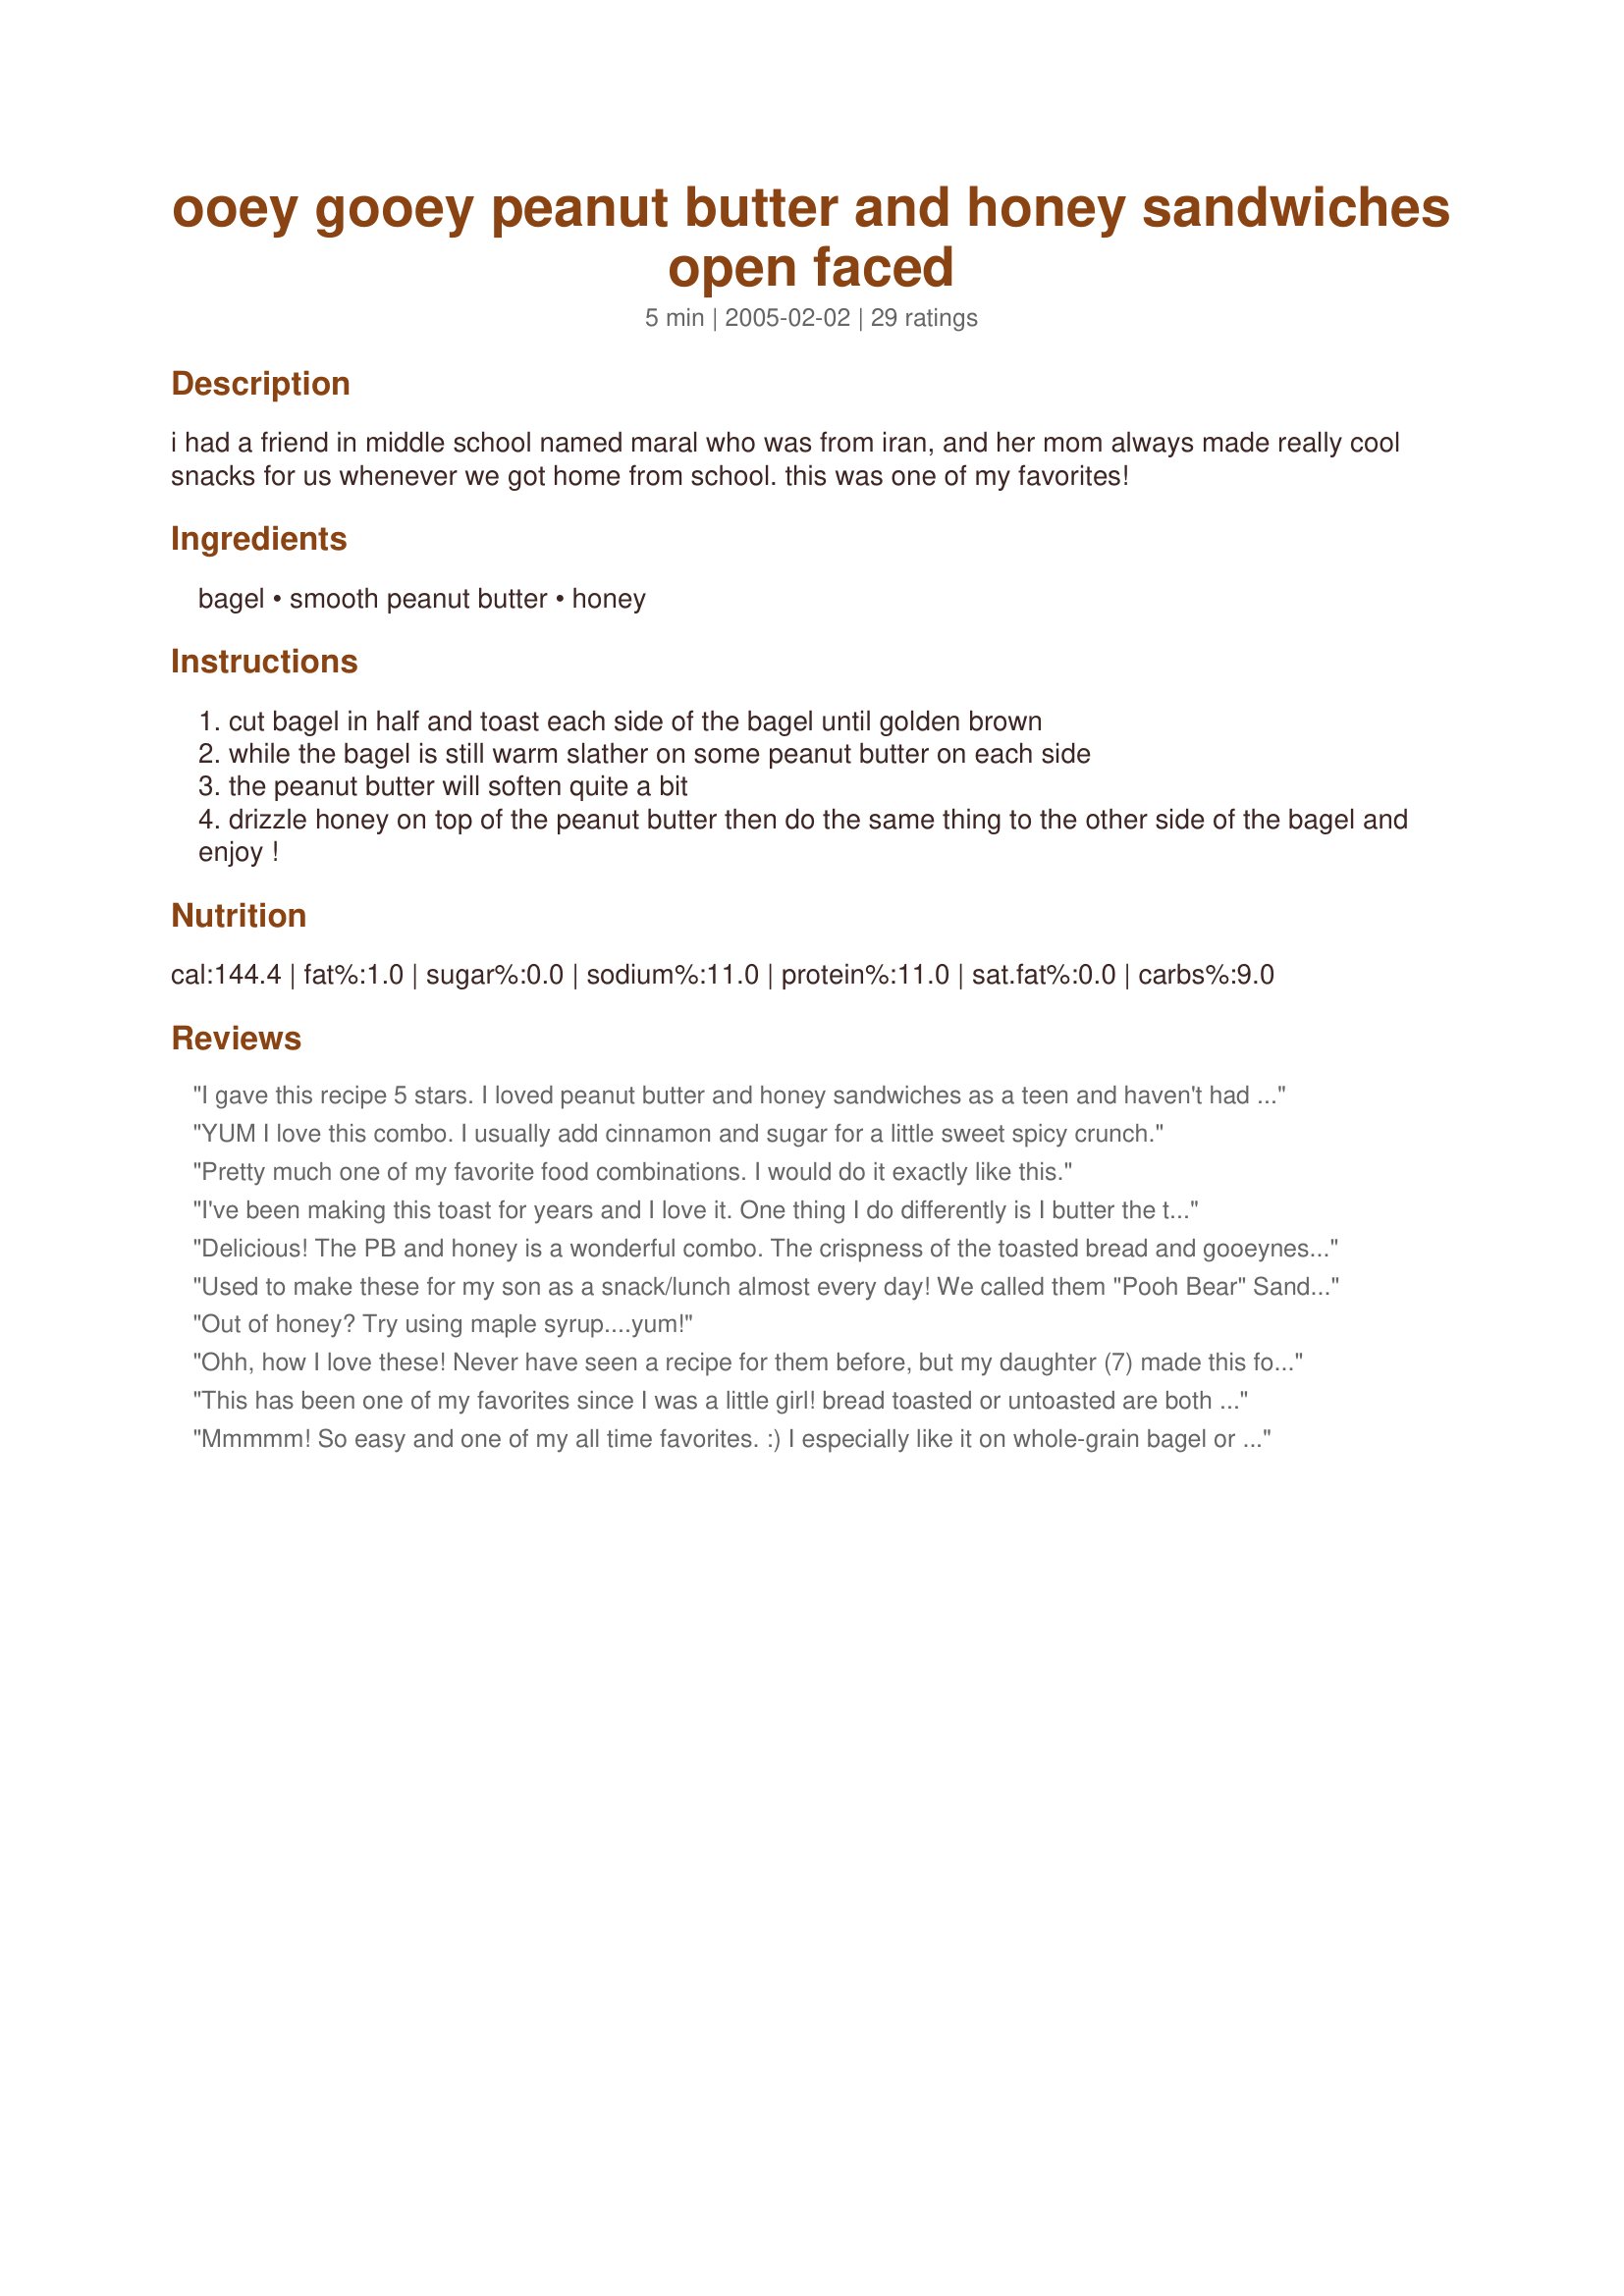
ooey gooey peanut butter and honey sandwiches open faced
Preparation time: 5 minutes

i had a friend in middle school named maral who was from iran, and her mom always made really cool snacks for us whenever we got home from school. this was one of my favorites!

Ingredients:
bagel, smooth peanut butter, honey

Steps:
cut bagel in half and toast each side of the bagel until golden brown
while the bagel is still warm slather on some peanut butter on each side
the peanut butter will soften quite a bit
drizzle honey on top of the peanut butter then do the same thing to the other side of the bagel and enjoy !

Reviews:
I gave this recipe 5 stars. I loved peanut butter and honey sandwiches as a teen and haven't had one since. I never tryed this with bagels. Thanks for posting! Christine (internetnut)
YUM I love this combo. I usually add cinnamon and sugar for a little sweet spicy crunch.
Pretty much one of my favorite food combinations. I would do it exactly like this.
I've been making this toast for years and I love it. One thing I do differently is I butter the toast while it is still hot, top it with a layer of peanutbutter and then spread a thin layer of honey over the top. I like to mix the peanutbutter and honey so that it looks like it's glazed. Adding the butter gives it an incredible sweet salty taste. I often have this for dessert! (It can be a little messy if you're not careful though.)
Delicious! The PB and honey is a wonderful combo. The crispness of the toasted bread and gooeyness of the PB was wonderful. Made a nice quick snack. Thanks for great idea. Made for Zaar Cookbook Tag
Used to make these for my son as a snack/lunch almost every day! We called them "Pooh Bear" Sandwiches (after Winnie the Pooh)!! Thanks for posting.
Out of honey? Try using maple syrup....yum!
Ohh, how I love these! Never have seen a recipe for them before, but my daughter (7) made this for a snack today and let me have a few bites as she knows I love them as I was the one to teach her to make 'em:) I have loved to eat these since I was her age. YUMMY!!!
This has been one of my favorites since I was a little girl! bread toasted or untoasted are both great!
Mmmmm! So easy and one of my all time favorites. :) I especially like it on whole-grain bagel or whole-grain bread; it's wonderful with the extra texture. A good energy-boost, too!
A bagel with honey and peanut butter is one of my favorite breakfasts. I just never thought to post it as a recipe. Enjoy! :)
Yummy! I love this on a slice of white bread too:)
This is a tasty, sustaining breakfast or snack, good with a glass of milk and an apple. I use whole wheat toast and sometimes sprinkle a little cinnamon on the honey.
hehe my gramma used to sprinkle brown sugar on the peanut butter instead of honey... loved it.
My favorite quick breakfast! I use whole or multi-grain bread or bagles and love the melted ooey gooey-ness of the warm peanut butter and honey. Excellent with a glass of ice cold milk.
Rating based on being a quick and easy recipe. I wanted something to topped my bagel with so I tried your recipe. this tasted very good on my honey wheat bagel.

Thanks Juju Bee.

Bullwinkle
tastiest, food, ever
add sliced banana for the best taste in the world
I have never had this before. I am not a huge fan of honey but love peanut butter. I was looking for a quick snack and ran across this recipe. I was expecting to not like it since i don't really like honey. I was wrong. I loved it. I liked the sweet of the honey and the slight saltiness of the peanut butter. I was a match made in heaven.
I've always loved PB and honey together, but this is the first try with a toasted bagel -- great combination and a real winner in my book!
SUCH a yummy breakfast! Filling too. I put it on a honey wheat bagel and used reduced fat peanut butter -- very tasty!! Thanks for sharing.
Well I thought this was the great American sandwich but I guess they discovered it in Iran too. If you like this you must try sweet butter melted on toast drizzled with honey too!
i used to love adding strawberry's and bananas to this combination very good :)
I grew up eating this. I probably had it a couple times a day, lol. I used to mix the honey into the peanut butter. Yuuummmy! Haven't had it in years do to my strict diet. I remember it being absolutely delicious though.
peanut butter and honey is a great combination.
I made this yesterday for my 6 yr old. Quick, delicious & tasty:) Thanks!
This is how I like it: spread plenty of peanut butter on toast while warm, scraping so you get toast crumbs mixed in with the peanut butter. Add honey (1 part honey to 2 parts PB), MIX IT WITH THE PEANUT BUTTER with your knife, then spread over entire surface of toast.
Yes, it's an art!!
My mom always mixed in just a little butter or margerine too- mix it all up together, then spread on- my oldest son who doesn't like peanut butter loves this!
This is a simple snack that is very yummy and goes great with a cold glass of milk. I have eaten this ever since I was a little girl, and occasionally crave it, as it is nourishing and healthy. PB and honey all warmed and gooey is definitely a classic.
Before adding honey add sliced bananas and then drizzle the honey over. It's to die for!!!
